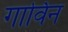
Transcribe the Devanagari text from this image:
गार्विन